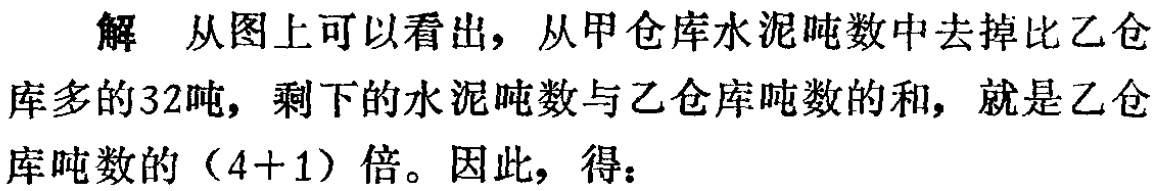
解 从图上可以看出，从甲仓库水泥吨数中去掉比乙仓库多的32吨，剩下的水泥吨数与乙仓库吨数的和，就是乙仓库吨数的（4 + 1）倍。因此，得：